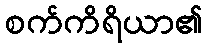
စက်ကိရိယာ၏